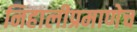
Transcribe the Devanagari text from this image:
निहालीप्रमाणेच